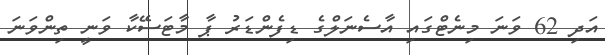
އަދި 62 ވަނަ މިނެޓްގައި އާސެނަލްގެ ޑިފެންޑަރު ޕާ މާޓަސޭކާ ވަނީ ތިންވަނަ